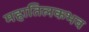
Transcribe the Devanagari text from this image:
महातिलकभव